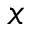
x